Investigations on Bengal jail dietaries - Number 37
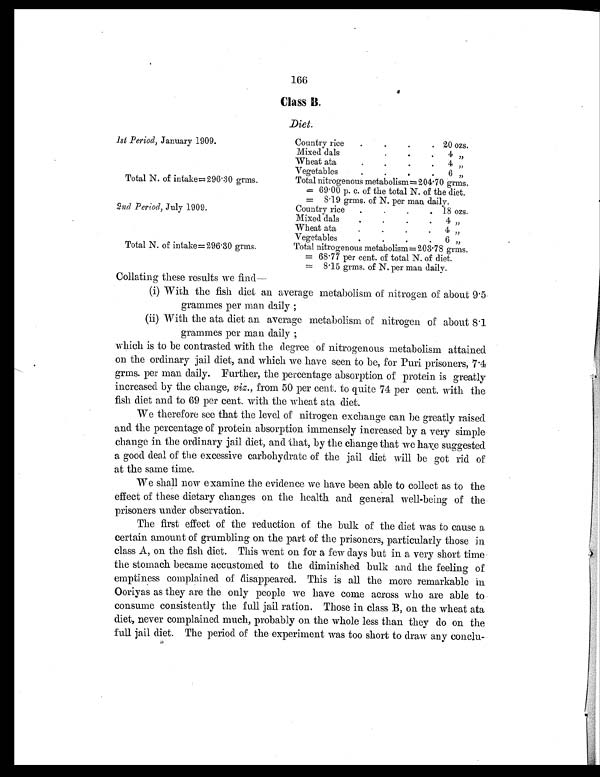
166
Class B.
Diet.
1st Period, January 1909.
Country rice
. .
. 20 ozs.
Mixed dals
.
.
.
4 "
Wheat ata.
.
.
.
4 "
Vegetables
.
.
. "
6 "
Total N. of intake= 296.30 grms.
Total nitrogenous metabolism= 204.70 grms.
= 69.00 p. c. of the total N. of the diet.
= 8.19 grms. of N. per man daily.
2nd Period, July 1909.
Country rice
.
.
. 18 ozs.
Mixed dals
.
.
.
.
4 "
Wheat ata.
.
. .
.
4 "
V e g e t a b l e s
.
.
.
.
6 "
Total N. of intake=296.30 grms.
Total nitrogenous metabolism=203.78 grins.
= 68.77 per cent. of total N. of diet.
= 8.15 grms. of N. per man daily.
Collating these results we find-
(i) With the fish diet an average metabolism of nitrogen of about 9.5
grammes per man daily ;
(ii) With the ata diet an average metabolism of nitrogen of about 8.1
grammes per man daily ;
which is to be contrasted with the degree of nitrogenous metabolism attained
on the ordinary jail diet, and which we have seen to be, for Puri prisoners, 7.4
grms. per man daily. Further, the percentage absorption of protein is greatly
increased by the change, viz. , from 50 per cent. to quite 74 per cent. with the
fish diet and to 69 per cent. with the wheat ata diet.
We therefore see that the level of nitrogen exchange can be greatly raised
and the percentage of protein absorption immensely increased by a very simple
change in the ordinary jail diet, and that, by the change that we have suggested
a good deal of the excessive carbohydrate of the jail diet will be got rid of
at the same time.
We shall now examine the evidence we have been able to collect as to the
effect of these dietary changes on the health and general well-being of the
prisoners under observation.
The first effect of the reduction of the bulk of the diet was to cause a
certain amount of grumbling on the part of the prisoners, particularly those in
class A, on the fish diet. This went on for a few days but in a very short time
the stomach became accustomed to the diminished bulk and the feeling of
emptiness complained of disappeared. This is all the more remarkable in
Ooriyas as they are the only people we have come across who are able to
consume consistently the full jail ration. Those in class B, on the wheat ata
diet, never complained much, probably on the whole less than they do on the
full jail diet. The period of the experiment was too short to draw any conclu
-